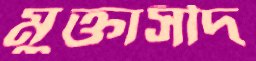
মুক্তাসীদ